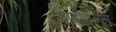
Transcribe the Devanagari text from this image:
लांबीवरून